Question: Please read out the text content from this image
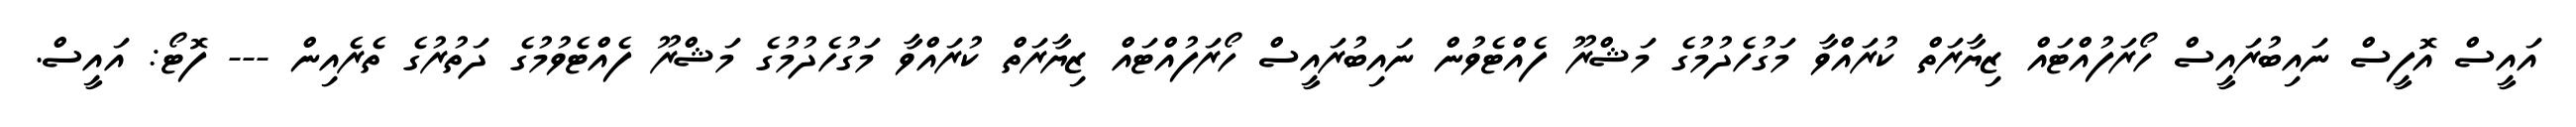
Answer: އައީސް އޮފީސް ނައިބުރައީސް ހޯރަފުއްޓައް ޒިޔާރަތް ކުރައްވާ މަގުހެދުމުގެ މަޝްރޫ ފެއްޓެވުން ނައިބުރައީސް ހޯރަފުއްޓައް ޒިޔާރަތް ކުރައްވާ މަގުހެދުމުގެ މަޝްރޫ ފެއްޓެވުމުގެ ދަތުރުގެ ތެރެއިން --- ފޮޓޯ: އައީސް.